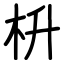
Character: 枡